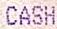
CASH